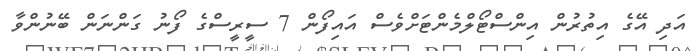
އަދި އޭގެ އިތުރުން އިންސްޓޯލްމެންޓަށްވެސް އައިފޯން 7 ސީރީސްގެ ފޯނު ގަންނަން ބޭނުންވާ